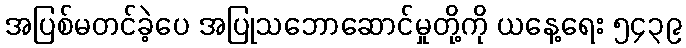
အပြစ်မတင်ခဲ့ပေ အပြုသဘောဆောင်မှုတို့ကို ယနေ့ရေး ၅၄၃၉